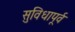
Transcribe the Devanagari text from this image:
सुविधापूर्व